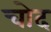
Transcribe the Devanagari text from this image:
चोद